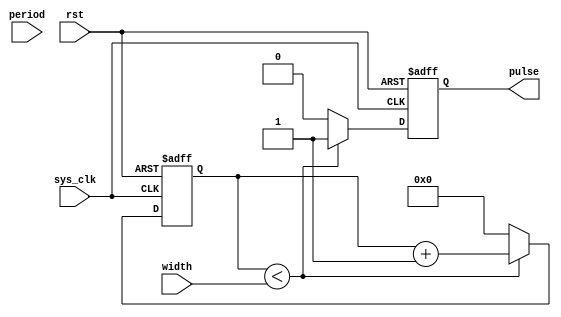
module async_pulse_generator (
    input wire sys_clk,
    input wire rst,
    input wire [7:0] width,
    input wire [7:0] period,
    output reg pulse
);

reg [7:0] cnt_width;
reg [7:0] cnt_period;

always @(posedge sys_clk or posedge rst) begin
    if (rst) begin
        cnt_width <= 0;
        cnt_period <= 0;
        pulse <= 0;
    end else begin
        if (cnt_width < width) begin
            cnt_width <= cnt_width + 1;
            pulse <= 1;
        end else begin
            cnt_width <= 0;
            if (cnt_period < period) begin
                cnt_period <= cnt_period + 1;
            end else begin
                cnt_period <= 0;
            end
            pulse <= 0;
        end
    end
end

endmodule